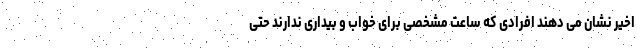
اخیر نشان می دهند افرادی که ساعت مشخصی برای خواب و بیداری ندارند حتی